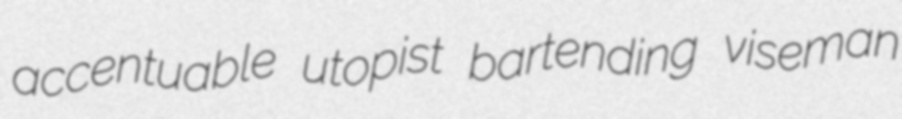
accentuable utopist bartending viseman